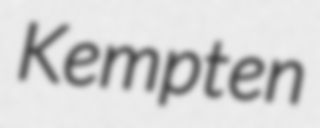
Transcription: Kempten